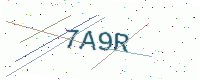
Text: 7A9R